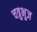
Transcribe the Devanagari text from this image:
चत्रुभुज